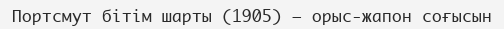
Портсмут бітім шарты (1905) — орыс-жапон соғысын